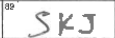
Transcription: SKJ